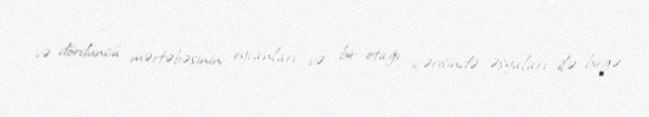
və dördüncü mərtəbəsinin eyvanları və bir otağı içərisində əşyaları ilə birgə